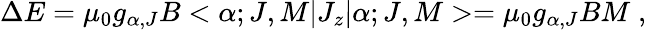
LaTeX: \Delta E=\mu_{0}g_{\alpha,J}B<\alpha;J,M|J_{z}|\alpha;J,M>=\mu_{0}g_{\alpha,J}BM\; ,